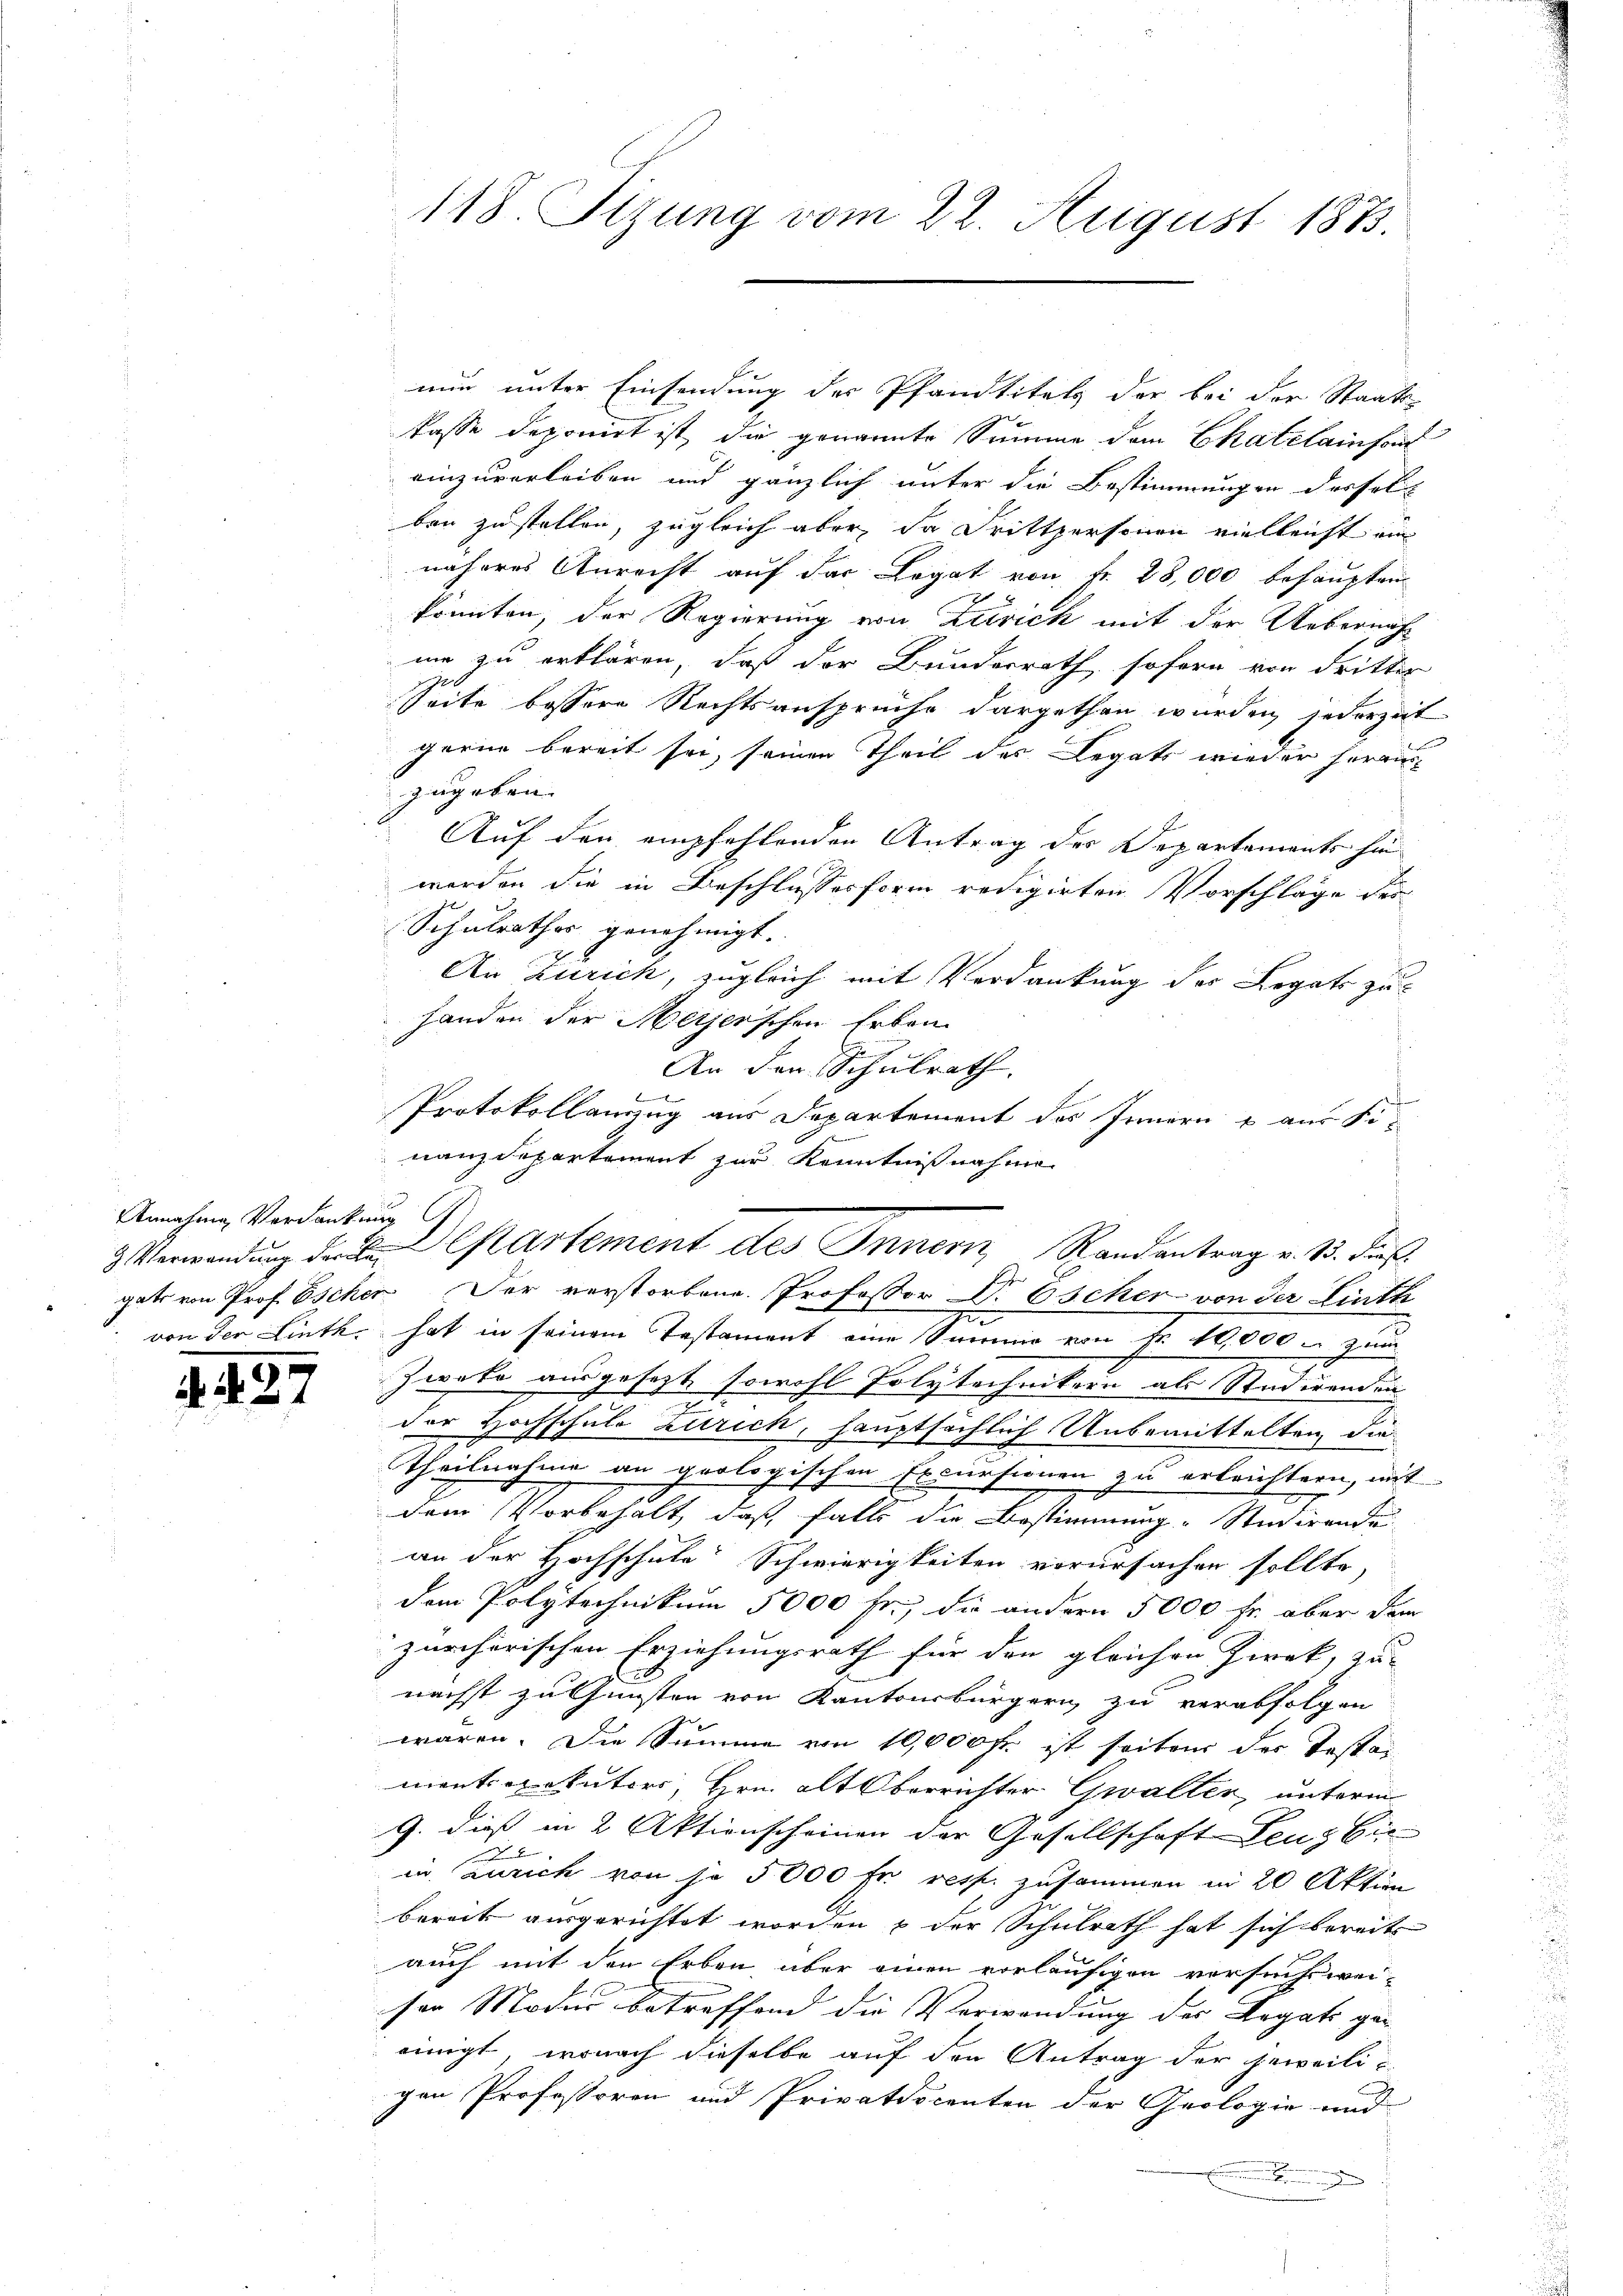
4427

Annahme Verdankung

118. Sizung vom 22. August 1873.

nun unter Einsendung des Pfandtitels der bei der Staats-
lasse deponirt ist, die genannte Summe dem Chatelainsond
einzuverleiben und gänzlich unter die Bestimmungen dessels
ben zustellen, zugleich aber, da drittpersonen vielleicht ein
näheres Anrecht auf der Legat von Fr. 28,000 behaupten
könnten, der Regierung von Zürich mit der Uebernahme zu erklären, daß der Bundesrath soforn von dritter
t
Seite bessere Rechtsansprüche dargethan wurden jederzeit
gerne bereit sei, seinen Theil des Legats wieder heraus
zugeben.
Auf den empfehlenden Antrag der Departements hin
werden die in Beschlusses form redigirten Vorschläge der
Schulrathes genehmigt.
An Zürich, zugleich mit Verdankung der Legate zu
Handen der Meijerschen Erben.
An den Schulrath.
b
Protokollanzug aus Departement des Innern & aus Sin
nanzdepartement zur Kenntnißnahme
gate von Prof. Eschen Der verstorbene Professor Dr Escher von der Linth
von der Linth hat in seinem Testament eine Senio von Fr. 10.000 - zum
Zweke ausgesetzt sowohl Polytechnikern als Studirenden
der Hochschule Zürich, hauptsächlich Unbemittelten die
Theilnahme an prologischen Excursionen zu erbrichtern, mit
dem Vorbehalt, daß falls die Bestimmung. Studirende
an der Hochschule Schwierigkeiten verursachen sollte,
dem Polytechnikum 5000 f:, die andern 5000 fr. aber dem
zürcherischen Erziehungsrath für den gleichen Zweck, zu-
nächst zu Gunsten von Kantonsbürgern zu verabfolgen
waren. Die Summe von 10,000 Fr. ist seiten der Testat
mentsexekutors, Hrn. alt Oberrichter Gwalter, unterm
9. dieß in 2 Aktionscheinen der Gesellschaft Deus Vie
in Zürich von je 5000 fr. resp. zusammen in 20 Aktion
bereits ausgerichtet worden & der Schulrath hat sich bereits
auch mit den Erben, aber einen vorläufigen versuchswei-
ser Modus betreffend die Verwendung des Argat ge-
einigt, wonach dieselbe auf den Antrag der jeweilic
gen Professoren und Privatdocenten der Geologie und

3 Verwandŭng der L. Cartement des Innern Randantrag v. 13. dies